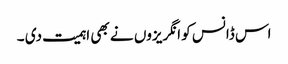
اس ڈانس کو انگریزوں نے بھی اہمیت دی ۔